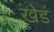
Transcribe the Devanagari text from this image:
खेडं